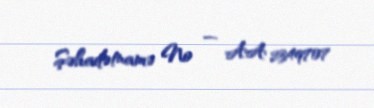
Şəhadətnamə № — AA 2349707